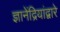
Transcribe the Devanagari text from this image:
ज्ञानेंद्रियांद्वारे